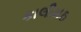
કાલીમઠ